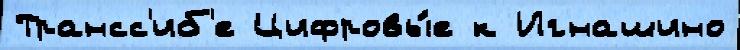
Трансс'иб'е Цифровы́е к Игнашино